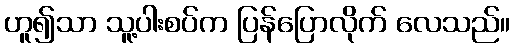
ဟူ၍သာ သူ့ပါးစပ်က ပြန်ပြောလိုက် လေသည်။